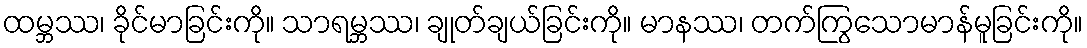
ထမ္ဘဿ၊ ခိုင်မာခြင်းကို။ သာရမ္ဘဿ၊ ချုတ်ချယ်ခြင်းကို။ မာနဿ၊ တက်ကြွသောမာန်မူခြင်းကို။